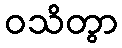
ဝသိတွာ